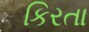
કિરતા